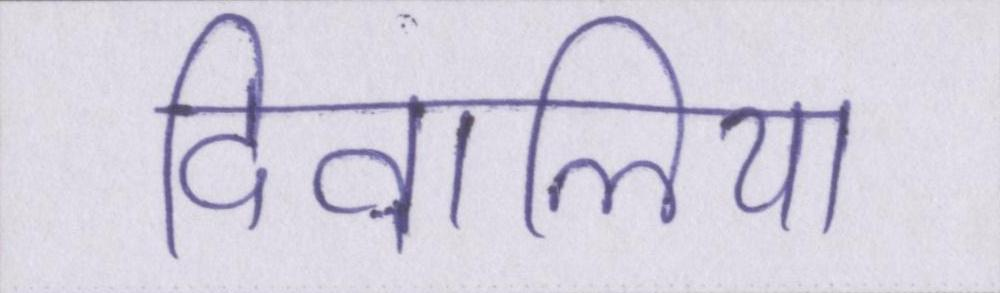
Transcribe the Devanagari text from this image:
दिवालिया